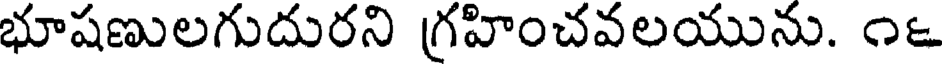
భూషణులగుదురని గ్రహించవలయును. ౧౬